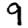
Digit: 9